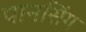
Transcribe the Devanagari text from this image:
पानसिंग